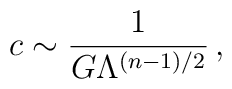
c\sim {1\over G\Lambda^{(n-1)/2}} \,,